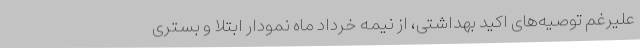
علیرغم توصیه‌های اکید بهداشتی، از نیمه خرداد ماه نمودار ابتلا و بستری